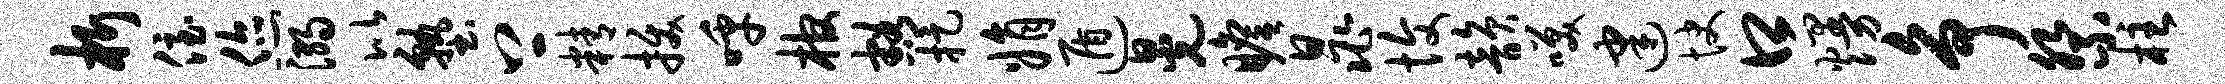
析侄您溺比塾上精拔呼棺豁捉娟遁晃瞻晁愎韵笑建快口熳争祭柱